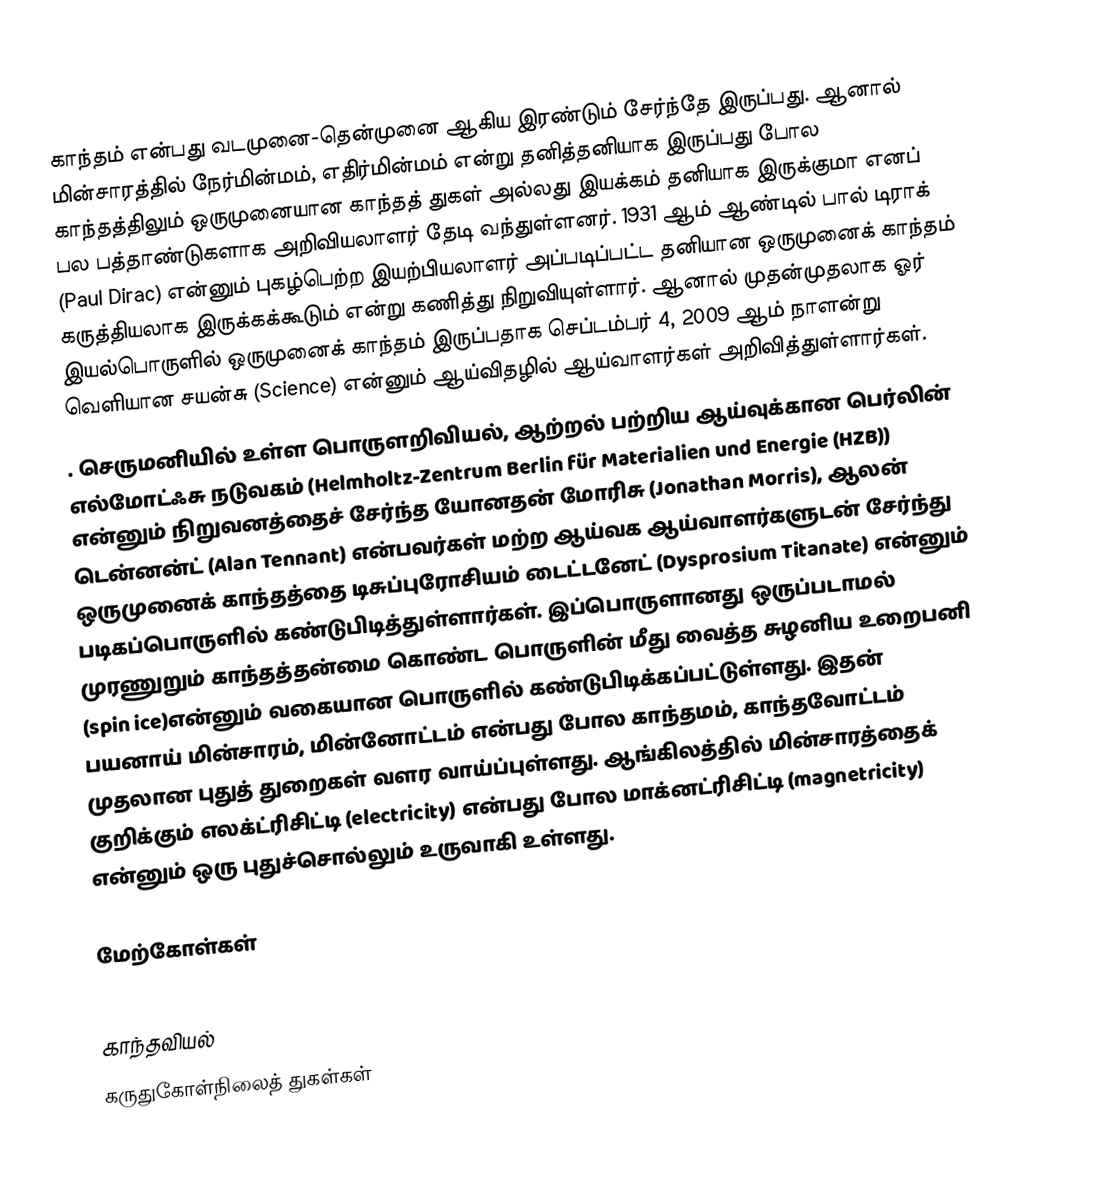
காந்தம் என்பது வடமுனை-தென்முனை ஆகிய இரண்டும் சேர்ந்தே இருப்பது. ஆனால் மின்சாரத்தில் நேர்மின்மம், எதிர்மின்மம் என்று தனித்தனியாக இருப்பது போல காந்தத்திலும் ஒருமுனையான காந்தத் துகள் அல்லது இயக்கம் தனியாக இருக்குமா எனப் பல பத்தாண்டுகளாக அறிவியலாளர் தேடி வந்துள்ளனர். 1931 ஆம் ஆண்டில் பால் டிராக் (Paul Dirac) என்னும் புகழ்பெற்ற இயற்பியலாளர் அப்படிப்பட்ட தனியான ஒருமுனைக் காந்தம் கருத்தியலாக இருக்கக்கூடும் என்று கணித்து நிறுவியுள்ளார். ஆனால் முதன்முதலாக ஓர் இயல்பொருளில் ஒருமுனைக் காந்தம் இருப்பதாக செப்டம்பர் 4, 2009 ஆம் நாளன்று வெளியான சயன்சு (Science) என்னும் ஆய்விதழில் ஆய்வாளர்கள் அறிவித்துள்ளார்கள்.
. செருமனியில் உள்ள பொருளறிவியல், ஆற்றல் பற்றிய ஆய்வுக்கான பெர்லின் எல்மோட்ஃசு நடுவகம் (Helmholtz-Zentrum Berlin für Materialien und Energie (HZB)) என்னும் நிறுவனத்தைச் சேர்ந்த யோனதன் மோரிசு (Jonathan Morris), ஆலன் டென்னன்ட் (Alan Tennant) என்பவர்கள் மற்ற ஆய்வக ஆய்வாளர்களுடன் சேர்ந்து ஒருமுனைக் காந்தத்தை டிசுப்புரோசியம் டைட்டனேட் (Dysprosium Titanate) என்னும் படிகப்பொருளில் கண்டுபிடித்துள்ளார்கள். இப்பொருளானது ஒருப்படாமல் முரணுறும் காந்தத்தன்மை கொண்ட பொருளின் மீது வைத்த சுழனிய உறைபனி (spin ice)என்னும் வகையான பொருளில் கண்டுபிடிக்கப்பட்டுள்ளது. இதன் பயனாய் மின்சாரம், மின்னோட்டம் என்பது போல காந்தமம், காந்தவோட்டம் முதலான புதுத் துறைகள் வளர வாய்ப்புள்ளது. ஆங்கிலத்தில் மின்சாரத்தைக் குறிக்கும் எலக்ட்ரிசிட்டி (electricity) என்பது போல மாக்னட்ரிசிட்டி (magnetricity) என்னும் ஒரு புதுச்சொல்லும் உருவாகி உள்ளது.

மேற்கோள்கள்

காந்தவியல்
கருதுகோள்நிலைத் துகள்கள்